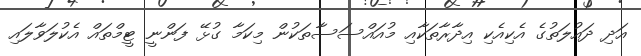
އަދި ދައުލަތުގެ އެކިއެކި އިދާރާތަކާއި މުއައްސަސާތަކުން މިކަމާ ގުޅޭ ފަންނީ ޓީމްތައް އެކުލަވާލައި